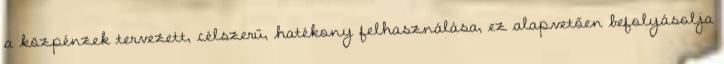
a közpénzek tervezett, célszerű, hatékony felhasználása, ez alapvetően befolyásolja